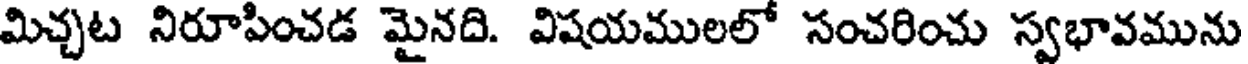
మిచ్చట నిరూపించడ మైనది. విషయములలో సంచరించు స్వభావమును